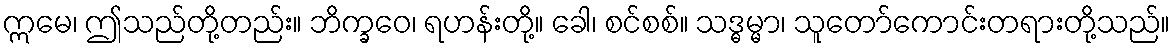
ဣမေ၊ ဤသည်တို့တည်း။ ဘိက္ခဝေ၊ ရဟန်းတို့။ ခေါ၊ စင်စစ်။ သဒ္ဓမ္မာ၊ သူတော်ကောင်းတရားတို့သည်။